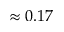
\approx 0 . 1 7